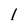
Character: 1